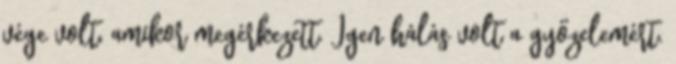
vége volt, amikor megérkezett. Igen hálás volt a győzelemért.